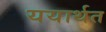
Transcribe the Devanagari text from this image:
ययार्थत